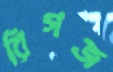
রিগজ